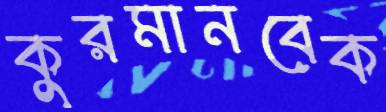
কুরমানবেক